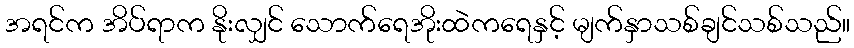
အရင်က အိပ်ရာက နိုးလျှင် သောက်ရေအိုးထဲကရေနှင့် မျက်နှာသစ်ချင်သစ်သည်။